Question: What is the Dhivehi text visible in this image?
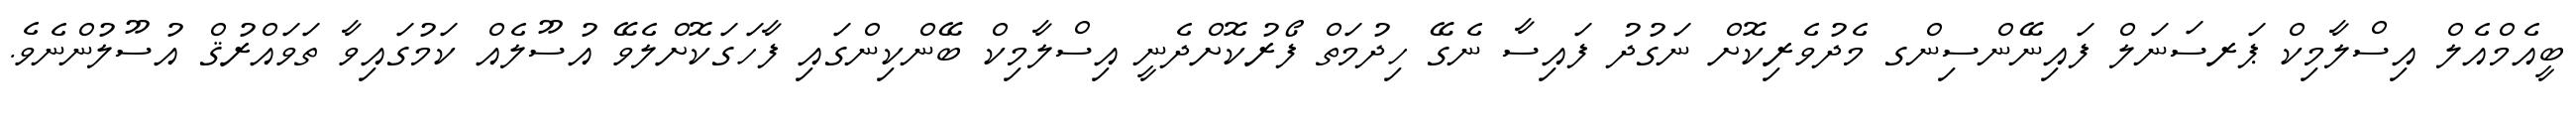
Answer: ބީއެމްއެލް އިސްލާމިކް ޕަރސަނަލް ފައިނޭންސިންގ މެދުވެރިކޮށް ނަގުދު ފައިސާ ނެގޭ ހިދުމަތް ފޯރުކޮށްދެނީ އިސްލާމިކް ބޭންކިންގައި ފާހަގަކޮށްލެވޭ އުސޫލެއް ކަމުގައިވާ ތަވައްރުޤް އުސޫލުންނެވެ.